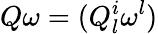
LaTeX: Q\omega=(Q_{l}^{i}\omega^{l})